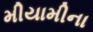
મીયામીના